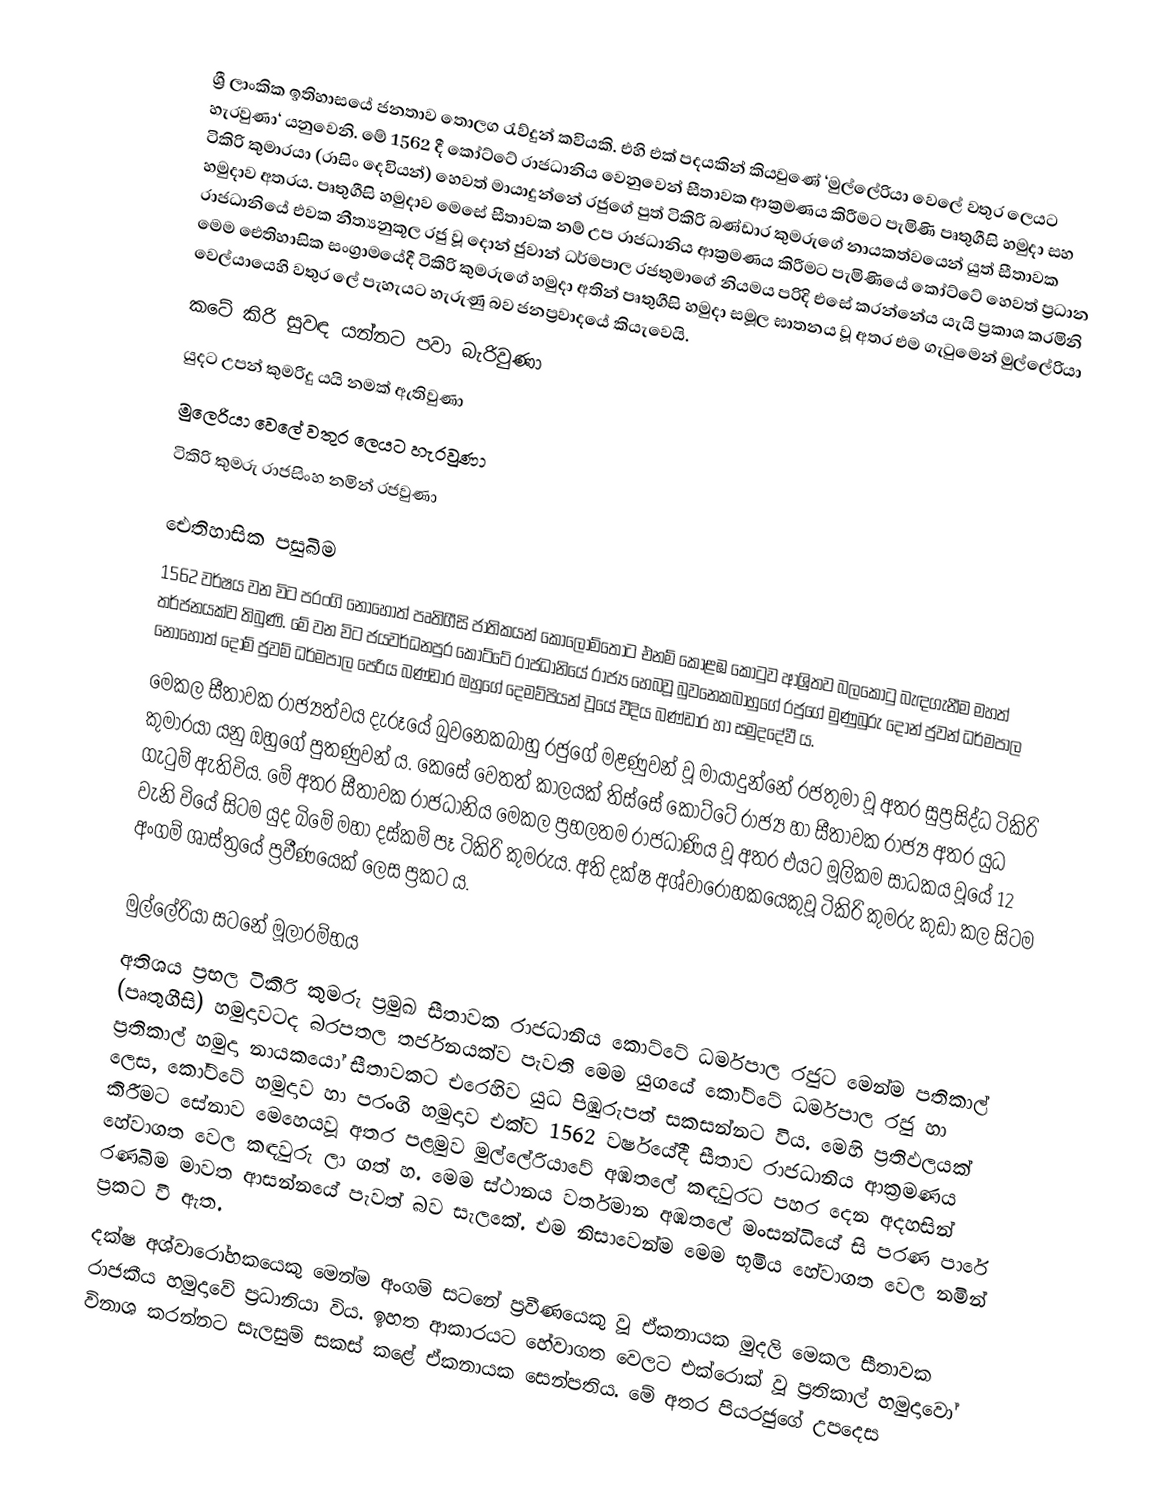
ශ්‍රී ලාංකික ඉතිහාසයේ ජනතාව තොලග රැව්දුන් කවියකි. එහි එක් පදයකින් කියවුණේ ‘මුල්ලේරියා  වෙලේ වතුර ලෙයට හැරවුණා‘ යනුවෙනි. මේ 1562 දී කෝට්ටේ රාජධානිය වෙනුවෙන් සීතාවක ආක්‍රමණය කිරීමට පැමිණි පෘතුගීසි හමුදා සහ  ටිකිරි කුමාරයා (රාසිං දෙවියන්) හෙවත් මායාදුන්නේ රජුගේ පුත් ටිකිරි බණ්ඩාර කුමරුගේ නායකත්වයෙන් යුත් සීතාවක හමුදාව අතරය. පෘතුගීසි හමුදාව මෙසේ සීතාවක නම් උප රාජධානිය ආක්‍රමණය කිරීමට පැමිණියේ කෝට්ටේ හෙවත් ප්‍රධාන රාජධානියේ එවක නීත්‍යනුකූල රජු වූ දොන් ජුවාන් ධර්මපාල රජතුමාගේ නියමය පරිදි එසේ කරන්නේය යැයි ප්‍රකාශ කරමිනි මෙම ඓතිහාසික සංග්‍රාමයේදී  ටිකිරි කුමරුගේ හමුදා අතින් පෘතුගීසි හමුදා සමූල ඝාතනය වූ අතර එම ගැටුමෙන් මුල්ලේරියා වෙල්යායෙහි වතුර ලේ පැහැයට හැරුණු බව ජනප්‍රවාදයේ කියැවෙයි.
කටේ කිරි සුවඳ යන්නට පවා බැරිවුණා
යුදට උපන් කුමරිදු යයි නමක් ඇතිවුණා
මුලෙරියා වෙලේ වතුර ලෙයට හැරවුණා
ටිකිරි කුමරු රාජසිංහ නමින් රජවුණා

ඓතිහාසික පසුබිම
1562 වර්ෂය වන විට පරංගි නොහොත් පෘතිගීසි ජාතිකයන් කොලොම්තොට එනම් කොළඹ කොටුව ආශ්‍රිතව බලකොටු බැඳගැනීම මහත් තර්ජනයක්ව තිබුණි. මේ වන විට ජයවර්ධනපුර කෝට්ටේ රාජධානියේ රාජ්‍ය හෙබවූ බුවනෙකබාහුගේ රජුගේ මුණුබුරු දොන් ජුවන් ධර්මපාල නොහොත් දොම් ජුවම් ධර්මපාල පෙරිය බණ්ඩාර  ඔහුගේ ‍දෙමව්පියන් වූයේ වීදිය බණ්ඩාර හා සමුදදේවී ය.
මෙකල සීතාවක රාජ්‍යත්වය දැරූයේ බුවනෙකබාහු රජුගේ මළණුවන් වූ මායාදුන්නේ රජතුමා වූ අතර සුප්‍රසිද්ධ ටිකිරි කුමාරයා යනු ඔහුගේ පුතණුවන් ය. කෙසේ වෙතත් කාලයක් තිස්සේ කොට්ටේ රාජ්‍ය හා සීතාවක රාජ්‍ය අතර යුධ ගැටුම් ඇතිවිය. මේ අතර සීතාවක රාජධානිය මෙකල ප්‍රභලතම රාජධාණිය වූ අතර එයට මූලිකම සාධකය වූයේ 12 වැනි වියේ සිටම යුද බිමේ මහා දස්කම් පෑ ටිකිරි කුමරුය. අති දක්ෂ අශ්වාරෝහකයෙකුවූ ටිකිරි කුමරු කුඩා කල සිටම අංගම් ශාස්ත්‍රයේ ප්‍රවීණයෙක් ලෙස ප්‍රකට ය.

මුල්ලේරියා සටනේ මූලාරම්භය
අතිශය ප්‍රභල ටිකිරි කුමරු ප්‍රමුඛ සීතාවක රාජධානිය කොට්ටේ ධර්මපාල රජුට මෙන්ම පතිකාල් (පෘතුගීසි) හමුදාවටද බරපතල තර්ජනයක්ව පැවති මෙම යුගයේ කෝට්ටේ ධර්මපාල රජු හා ප්‍රතිකාල් හමුදා නායකයෝ සීතාවකට එරෙහිව යුධ පිඹුරුපත් සකසන්නට විය. මෙහි ප්‍රතිඵලයක් ලෙස, කෝට්ටේ හමුදාව හා පරංගි හමුදාව එක්ව 1562 වර්ෂයේදී සීතාව රාජධානිය ආක්‍රමණය කිරීමට සේනාව මෙහෙයවූ අතර පළමුව මුල්ලේරියාවේ අඹතලේ කඳවුරට පහර දෙන අදහසින් හේවාගත වෙල කඳවුරු ලා ගත් හ.  මෙම ස්ථානය වර්තමාන අඹතලේ මංසන්ධියේ සි පරණ පාරේ රණබිම මාවත ආසන්නයේ පැවත් බව සැලකේ. එම නිසාවෙන්ම මෙම භූමිය හේවාගත වෙල නමින් ප්‍රකට වී ඇත.
දක්ෂ අශ්වාරෝහකයෙකු මෙන්ම අංගම් සටනේ ප්‍රවීණයෙකු වූ ඒකනායක මුදලි මෙකල සීතාවක රාජකීය හමුදාවේ ප්‍රධානියා විය. ඉහත ආකාරයට හේවාගත වෙලට එක්රොක් වූ ප්‍රතිකාල් හමුදාවෝ විනාශ කරන්නට සැලසුම් සකස් කළේ ඒකනායක සෙන්පතිය. මේ අතර පියරජුගේ උපදෙස